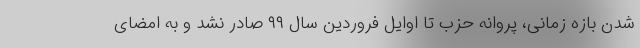
شدن بازه زمانی، پروانه حزب تا اوایل فروردین سال ۹۹ صادر نشد و به امضای